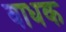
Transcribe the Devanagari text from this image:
वाधक